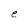
Character: e